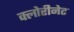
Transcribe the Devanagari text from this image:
क्लोरीनेट